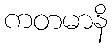
ကတမာနိ